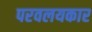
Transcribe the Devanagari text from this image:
परवलयकार